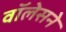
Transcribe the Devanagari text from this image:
वॉलेसने